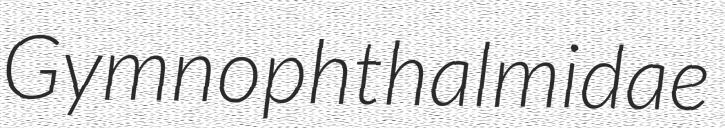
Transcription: Gymnophthalmidae